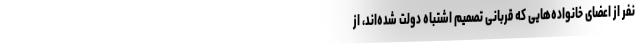
نفر از اعضای خانواده‌هایی که قربانی تصمیم اشتباه دولت شده‌اند، از